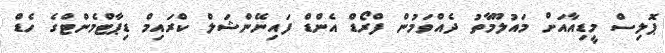
ޕޮލިސް މީޑިއާއަށް މައުލޫމާތު ދެއްވަމުން ފްރޯޑް އެންޑް ފައިނޭންޝަލް ކްރައިމް ޑިޕާޓްމެންޓްގެ ހެޑް